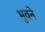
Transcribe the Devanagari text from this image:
भुवने